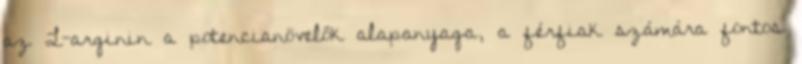
az L-arginin a potencianövelők alapanyaga, a férfiak számára fontos